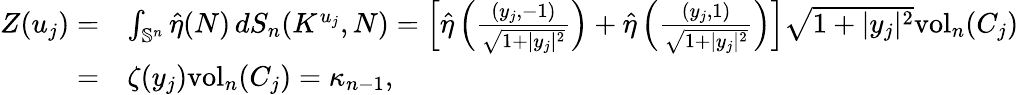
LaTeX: \begin{array}{rl}{Z(u_{j})=}&{\int_{\mathbb{S}^{n}}\hat{\eta}(N)\, dS_{n}(K^{u_{j}},N)=\left[\hat{\eta}\left(\frac{(y_{j},-1)}{\sqrt{1+|y_{j}|^{2}}}\right)+\hat{\eta}\left(\frac{(y_{j},1)}{\sqrt{1+|y_{j}|^{2}}}\right)\right]\sqrt{1+|y_{j}|^{2}}\mathrm{vol}_{n}(C_{j})}\\ {=}&{\zeta(y_{j})\mathrm{vol}_{n}(C_{j})=\kappa_{n-1},}\end{array}